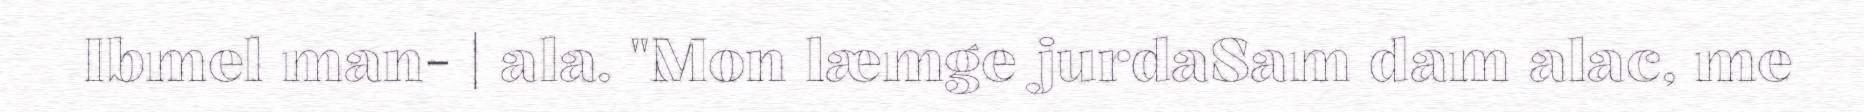
Ibmel man- | ala. "Mon læmge jurdaSam dam alac, me